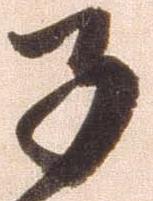
子